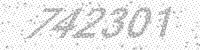
Solution: 742301